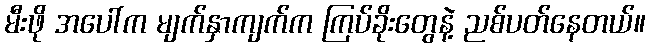
မီးဖို အပေါ်က မျက်နှာကျက်က ကြပ်ခိုးတွေနဲ့ ညစ်ပတ်နေတယ်။